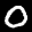
Label: 0